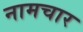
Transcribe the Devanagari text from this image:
नामचार